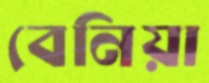
বেনিয়া